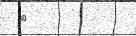
٧